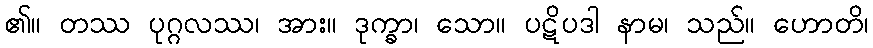
၏။ တဿ ပုဂ္ဂလဿ၊ အား။ ဒုက္ခာ၊ သော။ ပဋိပဒါ နာမ၊ သည်။ ဟောတိ၊